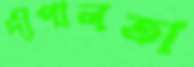
দীপালতা